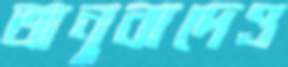
অনুবাদেও